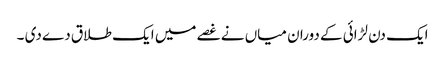
ایک دن لڑائی کے دوران میاں نے غصے میں ایک طلاق دے دی ۔